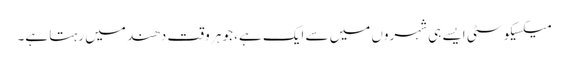
میکسیکو سٹی ایسے ہی شہروں میں سے ایک ہے، جو ہر وقت دھند میں رہتا ہے۔